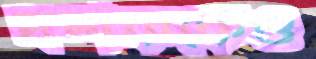
দর্শককেও